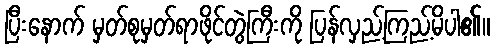
ပြီးနောက် မှတ်စုမှတ်ရာဖိုင်တွဲကြီးကို ပြန်လှည့်ကြည့်မိပါ၏။